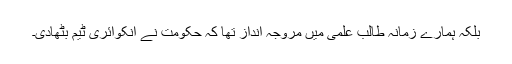
بلکہ ہمارے زمانہ طالب علمی میں مروجہ انداز تھا کہ حکومت نے انکوائری ٹیم بٹھادی۔